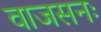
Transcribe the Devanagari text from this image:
वाजसनः